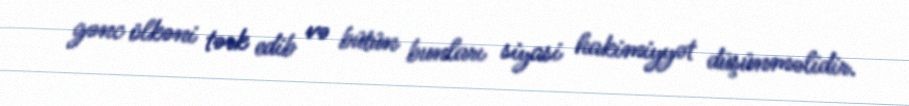
gənc ölkəni tərk edib və bütün bunları siyasi hakimiyyət düşünməlidir.